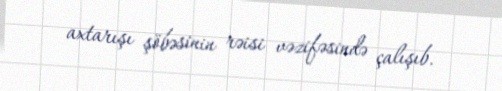
axtarışı şöbəsinin rəisi vəzifəsində çalışıb.